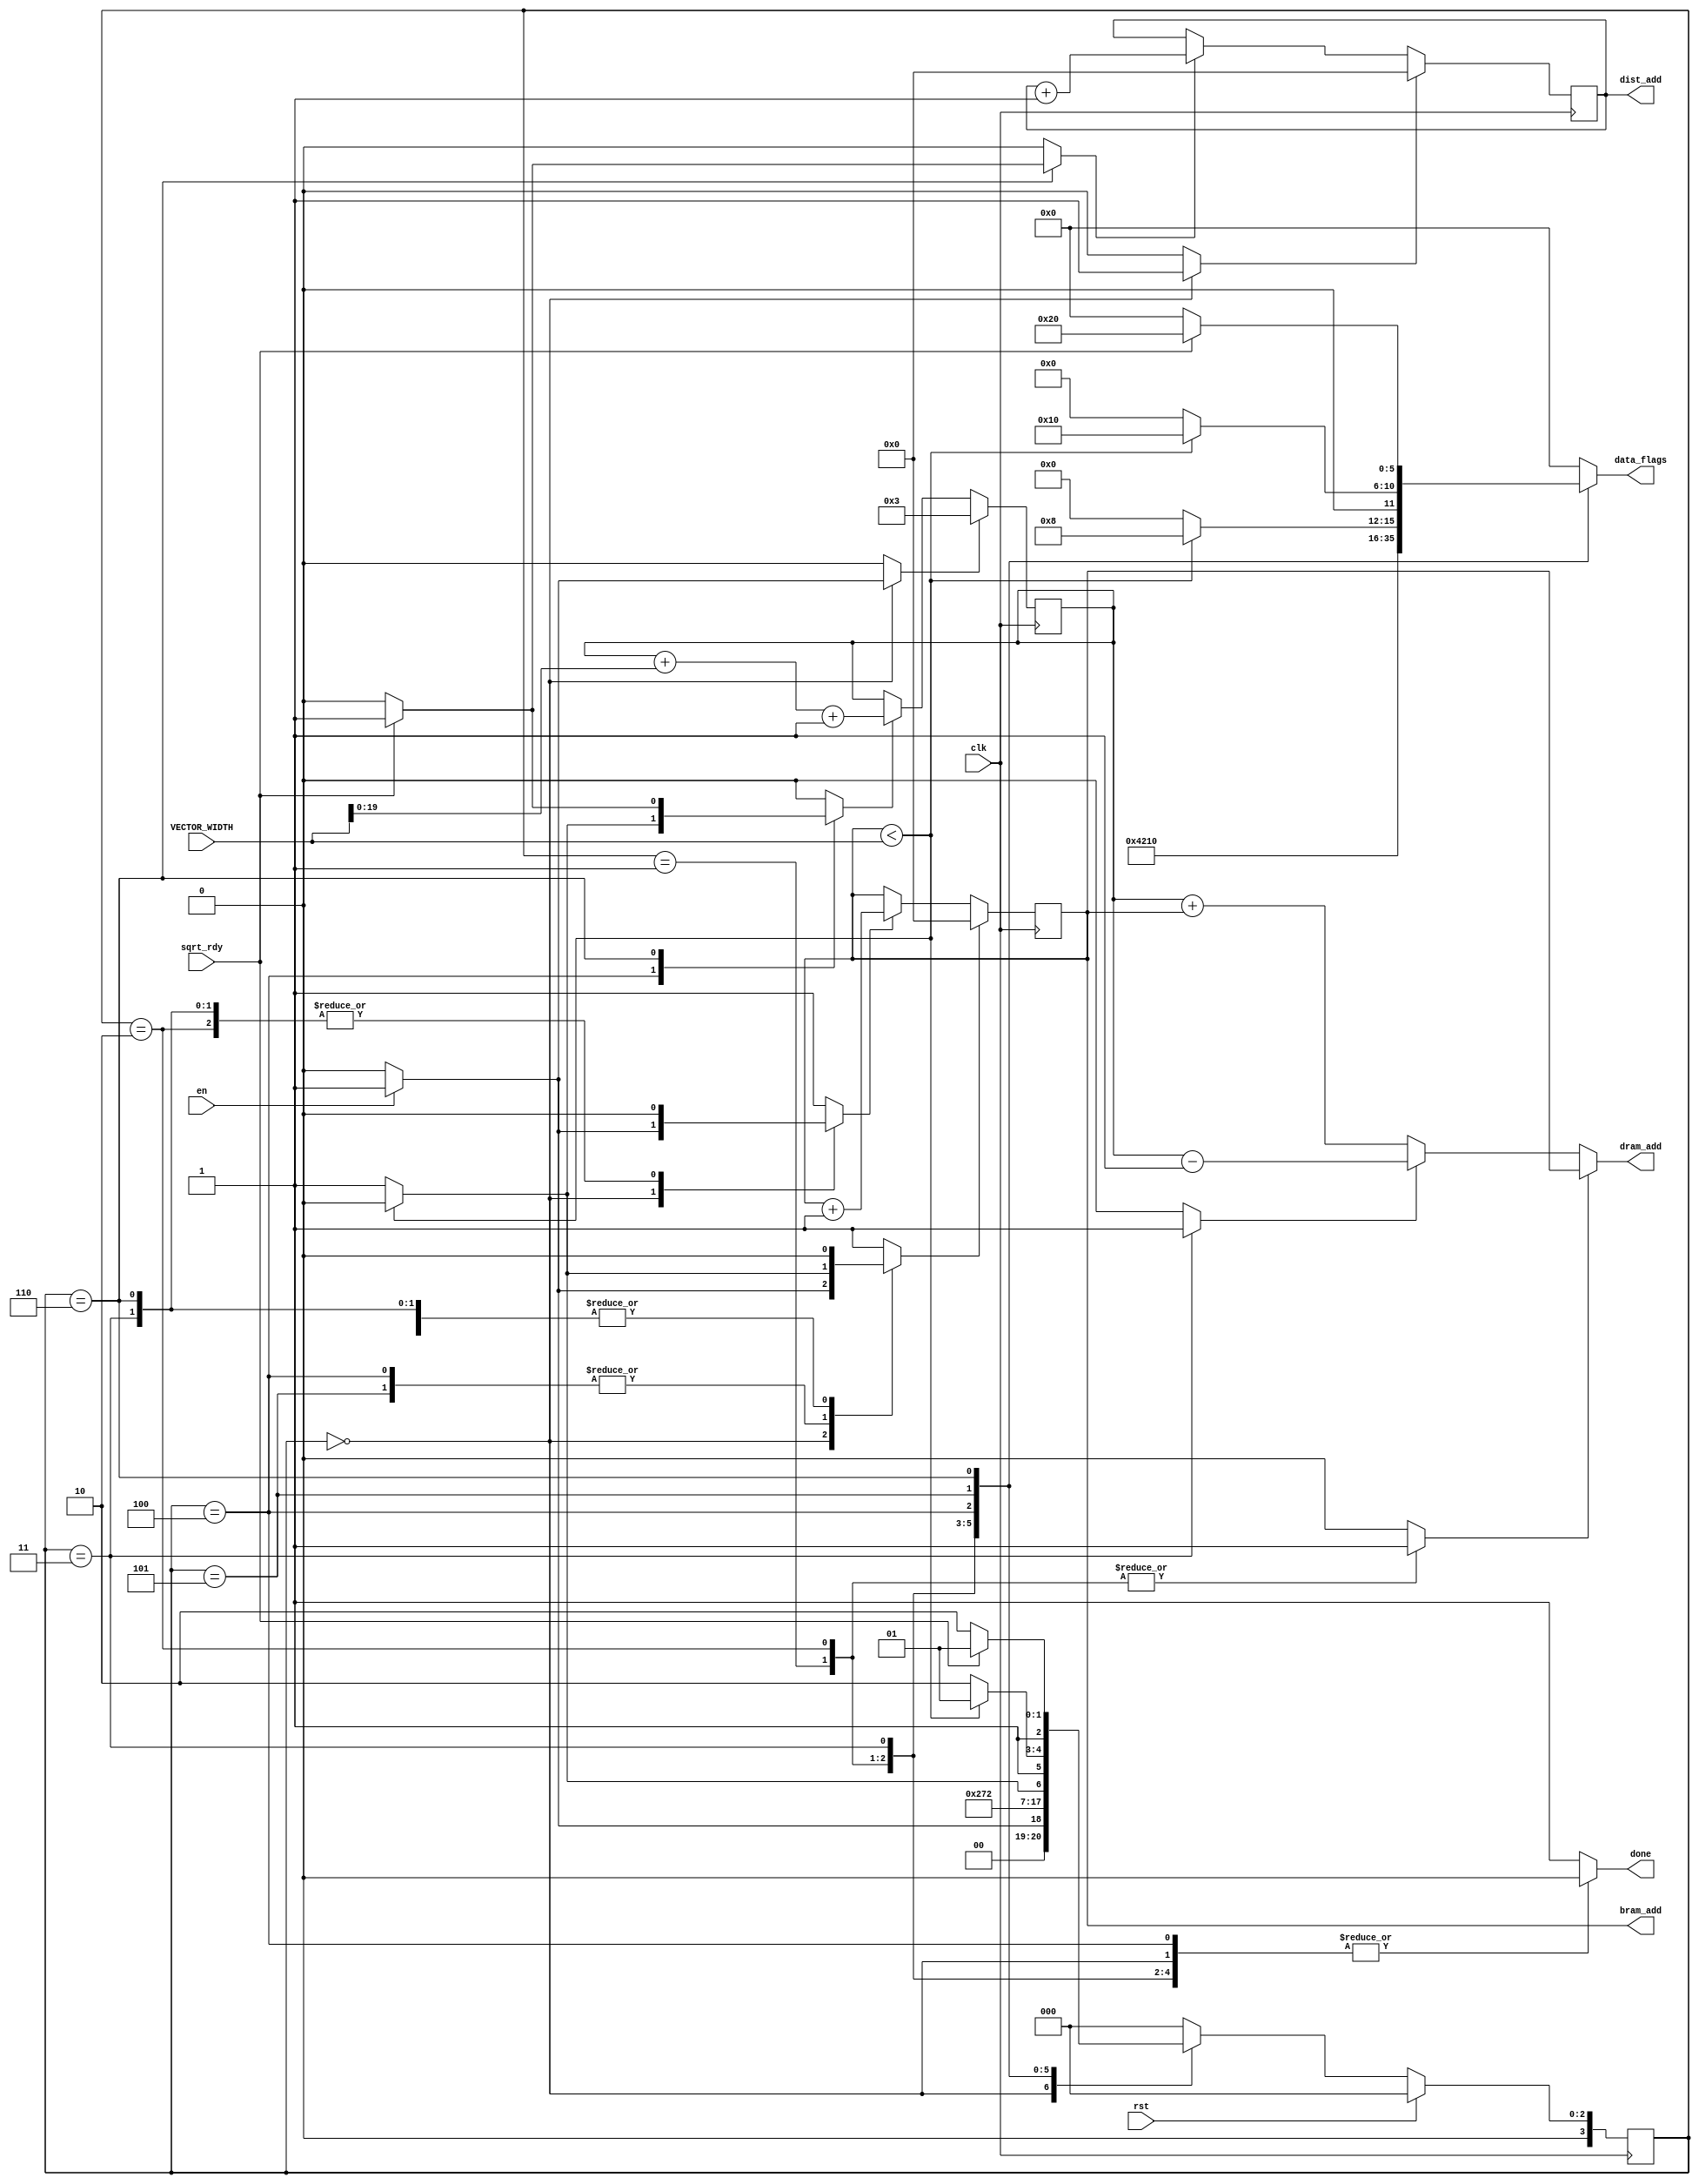
module vec_loader (clk, rst, en, sqrt_rdy, data_flags, VECTOR_WIDTH, bram_add, dram_add, dist_add, done); 
	parameter ADD_WIDTH = 20;
	parameter HEADER_LENGTH = 2;
	// state definitions
	localparam INIT = 0;
	localparam LOAD_VECTOR_COUNT = 1;
	localparam LOAD_VECTOR_WIDTH = 2;
	localparam LOAD_VECTOR_INDEX = 3;
	localparam LOAD_TARGET = 4;
	localparam LOAD_TRAIN = 5;
	localparam WAIT = 6;

	// inputs
	input clk;
	input rst;
	input en;
	input sqrt_rdy;
	input [31:0] VECTOR_WIDTH;
	// outputs
	output reg done;
	output reg [5:0] data_flags;  // determines where the DRAM data is stored
	output [ADD_WIDTH-1:0] dram_add, bram_add;
	output reg [ADD_WIDTH-1:0] dist_add;
	// local signals
	reg [ADD_WIDTH-1:0] base_add, index;
	reg ld_header, ld_index;
	reg index_rst, index_inc;
	reg base_rst, base_inc;
	reg dist_rst, dist_inc;
	reg [3:0] state, next_state;

	// calculate address
	assign dram_add = (ld_header) ? (index):			// load the header 
					  (ld_index)  ? (base_add - 1):		// load the index
									(base_add + index);	// load the vector
	assign bram_add = index;

	// increment counter
	always @(posedge clk) begin 
		// Training Vector Index
		if (index_rst) begin 
			index <= 0;
		end 
		else if (index_inc) begin 
			index <= index + 1;
		end 

		// Vector Element
		if (base_rst) begin 
			base_add <= HEADER_LENGTH + 1;  // point to element zero of the first vector
		end 
		else if (base_inc) begin 
			base_add <= base_add + VECTOR_WIDTH + 1; 
		end 

		if (dist_rst) begin 
			dist_add <= 0;
		end 
		else if (dist_inc) begin 
			dist_add <= dist_add + 1;
		end 
	end  

	always@(posedge clk) begin  
		if (rst) 
			state <= INIT;
		else 
			state <= next_state;
	end 

	always @(*) begin 
		case (state) 
			INIT: begin 
				if(en) begin 
					next_state = LOAD_VECTOR_COUNT;
					index_rst = 1'b1;  // reset counter 
					index_inc = 1'b1;
					base_rst = 1'b1;
				end 
				else begin 
					next_state = INIT; 
					index_rst = 1'b0;
					index_inc = 1'b0;
					base_rst = 1'b0;
				end 
				base_inc = 1'b0;
				data_flags = 6'b000000;
				done = 1'b0;
				ld_header = 1'b0;
				ld_index = 1'b0;
				dist_inc = 1'b0;
				dist_rst = 1'b1;
			end 
			LOAD_VECTOR_COUNT: begin 
				data_flags = 6'b000001;
				next_state = LOAD_VECTOR_WIDTH;
				base_inc = 1'b0;
				done = 1'b0;
				index_rst = 1'b0; 
				index_inc = 1'b1;
				base_rst = 1'b0;
				ld_header = 1'b1;
				ld_index = 1'b0;
				dist_inc = 1'b0;
				dist_rst = 1'b0;
			end 
			LOAD_VECTOR_WIDTH: begin 
				data_flags = 6'b000010;
				next_state = LOAD_VECTOR_INDEX;
				base_inc = 1'b0;
				done = 1'b0;
				index_rst = 1'b1;  // reset counter 
				index_inc = 1'b0;
				base_rst = 1'b0;
				ld_header = 1'b1;
				ld_index = 1'b0;
				dist_inc = 1'b0;
				dist_rst = 1'b0;
			end 
			LOAD_VECTOR_INDEX: begin 
				data_flags = 6'b000100;
				next_state = LOAD_TARGET;
				base_inc = 1'b0;
				done = 1'b0;
				index_rst = 1'b0;   
				index_inc = 1'b0;
				base_rst = 1'b0;
				ld_header = 1'b0;
				ld_index = 1'b1;
				dist_inc = 1'b0;
				dist_rst = 1'b0;
			end 
			LOAD_TARGET: begin 
				// wait until all elements have been loaded
				if (index < VECTOR_WIDTH) begin 
					next_state = LOAD_TARGET;
					index_rst = 1'b0;
					index_inc = 1'b1;
					base_inc = 1'b0;
					data_flags = 6'b001000;
				end else begin 
					next_state = LOAD_TRAIN;
					index_rst = 1'b1;
					index_inc = 1'b1;
					base_inc = 1'b1;
					data_flags = 6'b000000;
				end 
				base_rst = 1'b0;
				done = 1'b0;
				ld_header = 1'b0;
				ld_index = 1'b0;
				dist_inc = 1'b0;
				dist_rst = 1'b0;
			end 
			LOAD_TRAIN: begin 
				// wait until all elements have been loaded
				if (index < VECTOR_WIDTH) begin 
					next_state = LOAD_TRAIN;
					index_rst = 1'b0;
					index_inc = 1'b1;
					data_flags = 6'b010000;
				end else begin 
					next_state = WAIT;
					index_rst = 1'b1;
					index_inc = 1'b1;
					data_flags = 6'b000000;
				end 
				base_inc = 1'b0;
				base_rst = 1'b0;
				done = 1'b0;
				ld_header = 1'b0;
				ld_index = 1'b0;
				dist_inc = 1'b0;
				dist_rst = 1'b0;
			end 
			WAIT: begin 
				if (sqrt_rdy) begin 
					next_state = LOAD_TRAIN;  // load the next train vector
					index_rst = 1'b0;
					index_inc = 1'b0;
					base_inc = 1'b1;
					done = 1'b1;
					data_flags = 6'b100000;
					dist_inc = 1'b1;
				end 
				else begin 
					next_state = WAIT;  // wait until enable signal
					index_rst = 1'b0;
					index_inc = 1'b0;
					base_inc = 1'b0;
					done = 1'b1;
					data_flags = 6'b000000;
					dist_inc = 1'b0;
				end 
				base_rst = 1'b0;
				ld_header = 1'b0;
				ld_index = 1'b0;
				dist_rst = 1'b0;
			end 
			default: begin 
				next_state = INIT;
				index_rst = 1'b1;
				index_inc = 1'b1;
				data_flags = 6'b000000;
				base_inc = 1'b0;
				base_rst = 1'b0;
				done = 1'b1;
				ld_header = 1'b0;
				ld_index = 1'b0;
				dist_inc = 1'b0;
				dist_rst = 1'b0;
			end 
		endcase
	end 
endmodule //end vec_loader